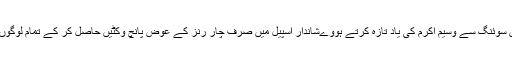
شاہین آفریدی نے ریورس سوئنگ سے وسیم اکرم کی یاد تازہ کرتے ہووےشاندار اسپیل میں صرف چار رنز کے عوض پانچ وکٹیں حاصل کر کے تمام لوگوں کی توجہ محور بن گئے۔